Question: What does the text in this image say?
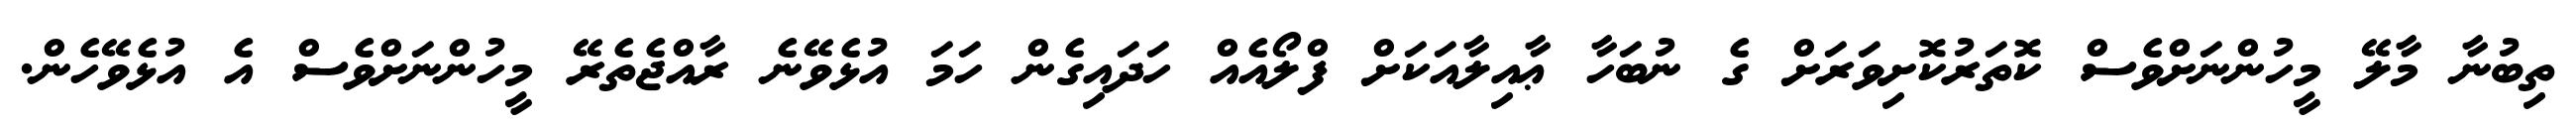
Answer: ތިބުނާ މާލޭ މީހުންނަށްވެސް ކޮތަރުކޮށިވަރަށް ގެ ނުބަހާ ޢާއިލާއަކަށް ފްލޯއެއް ހަދައިގެން ހަމަ އުޅެވޭނެ ރާއްޖެތެރޭ މީހުންނަށްވެސް އެ އުޅެވޭހެން.